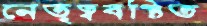
নেতৃত্ববঞ্চিত